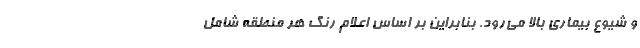
و شیوع بیماری بالا می‌رود. بنابراین بر اساس اعلام رنگ هر منطقه شامل